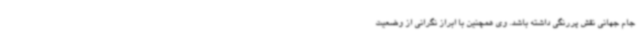
جام جهانی نقش پررنگی داشته باشد. وی همچنین با ابراز نگرانی از وضعیت